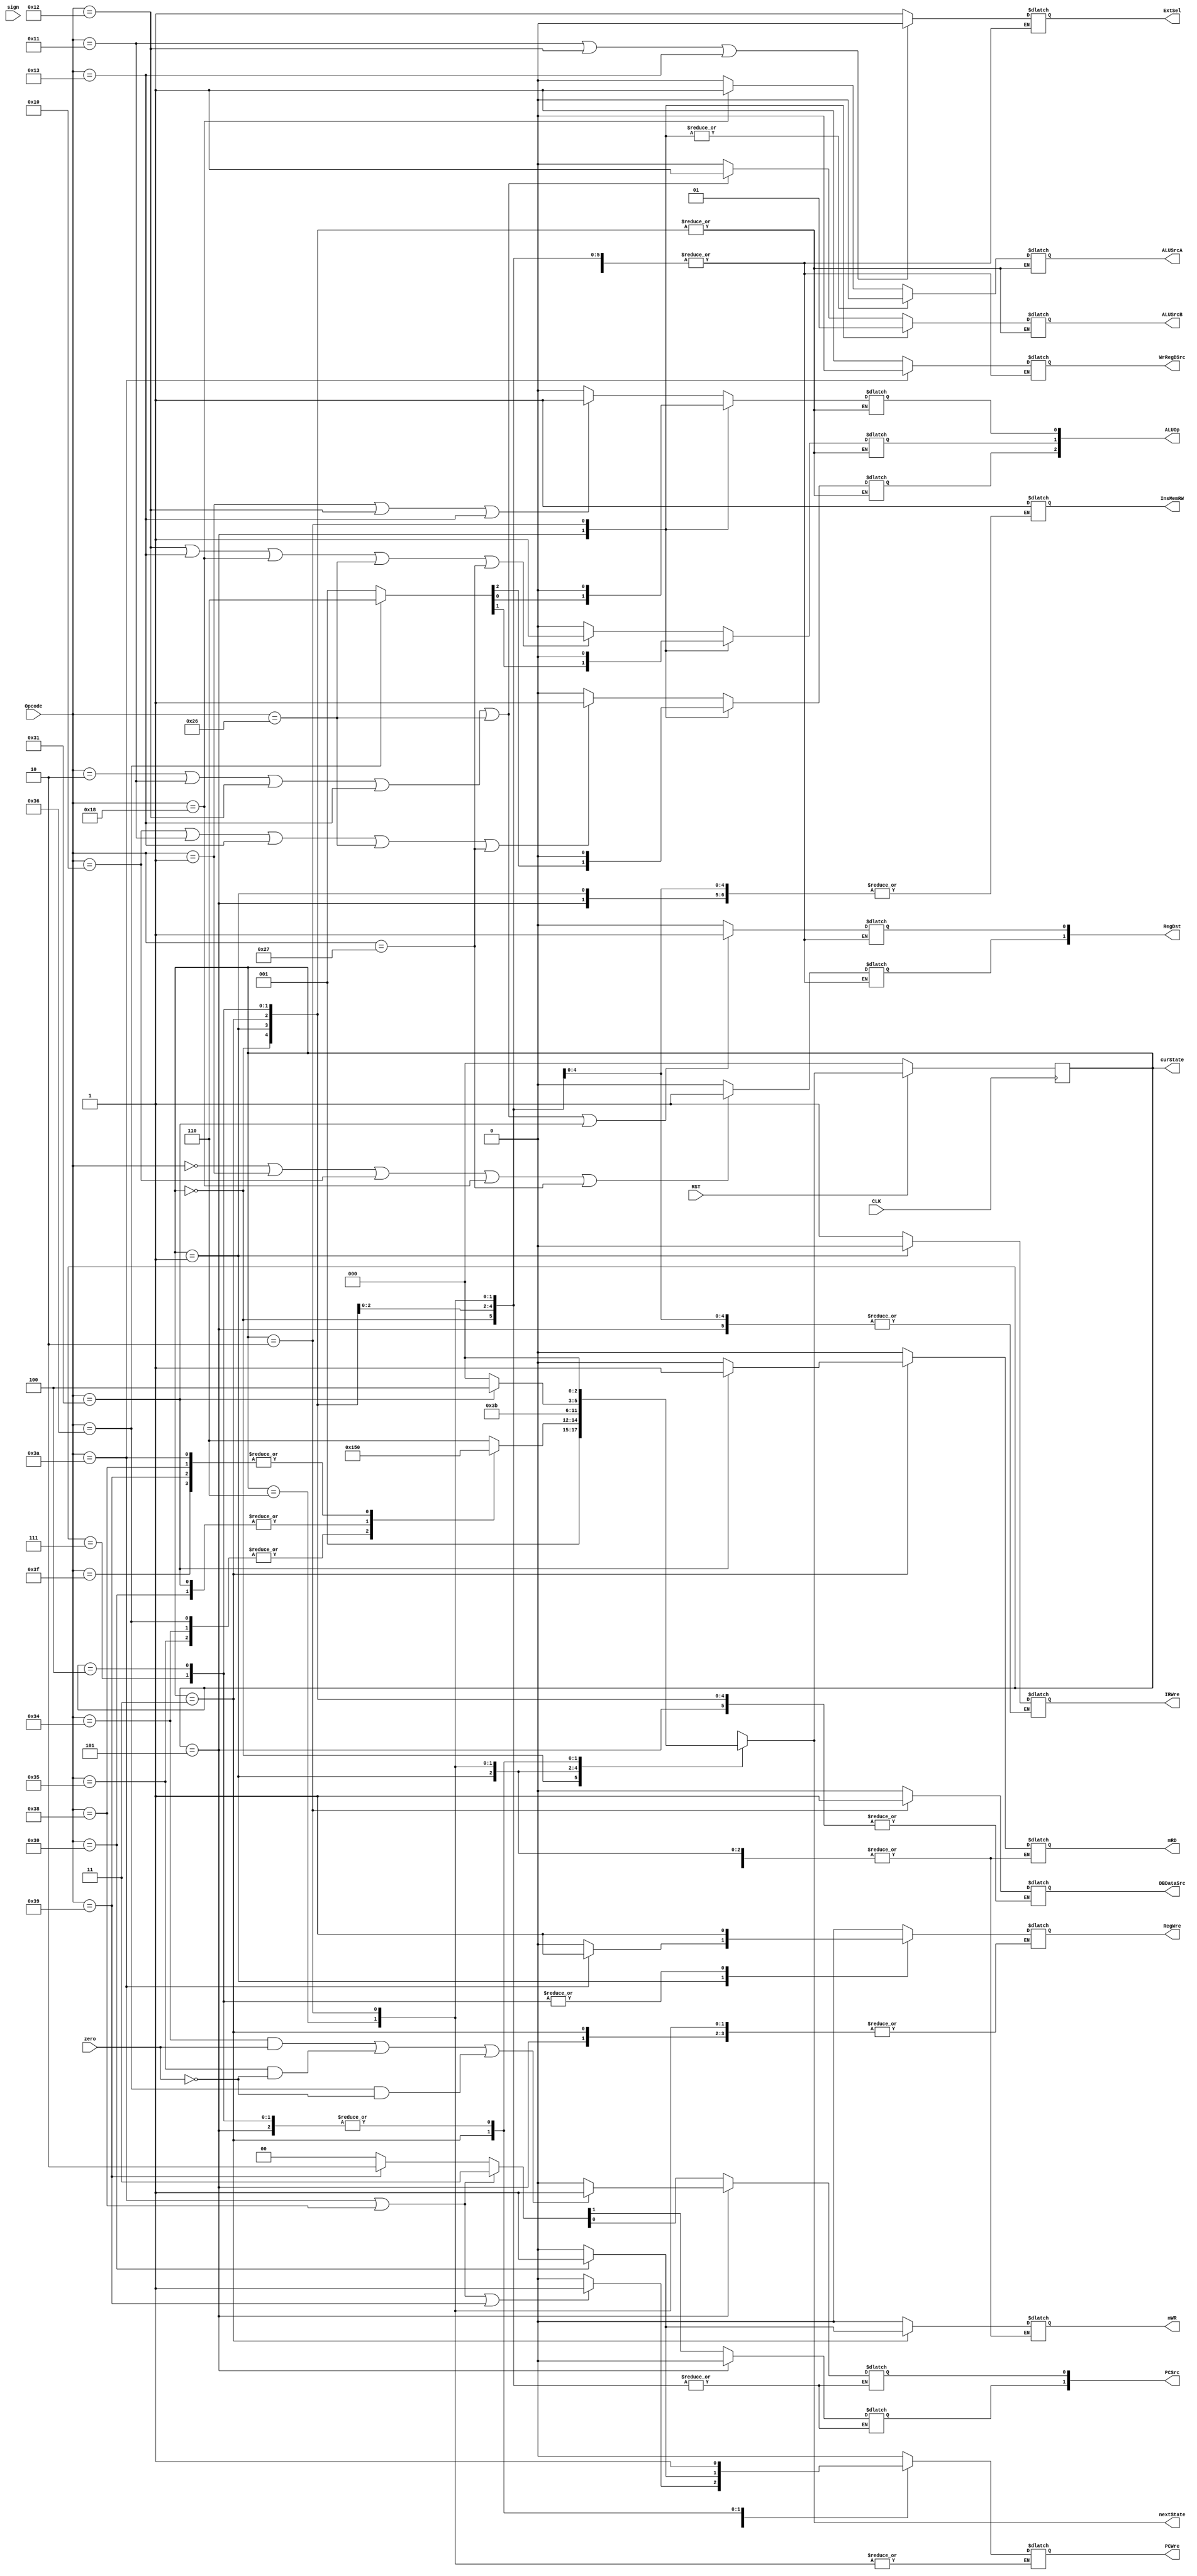
`timescale 1ns / 1ps

module ControlUnit(
    input CLK,
    input RST,
    input zero,
    input sign,
    input [5:0] Opcode,
    output reg PCWre,
    output reg ALUSrcA,
    output reg ALUSrcB,
    output reg DBDataSrc,
    output reg RegWre,
    output reg WrRegDSrc,
    output reg InsMemRW,
    output reg mRD,
    output reg mWR,
    output reg IRWre,
    output reg [1:0] RegDst,
    output reg ExtSel,
    output reg [1:0] PCSrc,
    output reg [2:0] ALUOp,
    output reg [2:0] curState,
    output reg [2:0] nextState
    );
    
    parameter [2:0]
    IF=3'b000,
    ID=3'b001,
    EXE1=3'b110,
    EXE2=3'b101,
    EXE3=3'b010,
    MEM=3'b011,
    WB1=3'b111,
    WB2=3'b100;
    
    parameter [5:0]
    add=6'b000000,
    sub=6'b000001,
    addiu=6'b000010,
    _and=6'b010000,
    andi=6'b010001,
    ori=6'b010010,
    xori=6'b010011,
    sll=6'b011000,
    slti=6'b100110,
    slt=6'b100111,
    sw=6'b110000,
    lw=6'b110001,
    beq=6'b110100,
    bne=6'b110101,
    bltz=6'b110110,
    j=6'b111000,
    jr=6'b111001,
    jal=6'b111010,
    halt=6'b111111;
      
    initial begin
        nextState<=ID;
        //IRWre=1;
    end
    always @(posedge CLK) begin//
        if (RST==1'b0) curState<=IF;
        else curState=nextState;
    end
    
    always@(*) begin//
        case (curState)
            IF:nextState<=ID;
            ID:begin
                case(Opcode)
                    beq,bne,bltz:nextState<=EXE2;
                    sw,lw:nextState<=EXE3;
                    j,jal,jr,halt:nextState<=IF;
                    default:nextState<=EXE1;
                endcase
            end
            EXE1:nextState<=WB1;
            EXE2:nextState<=IF;
            EXE3:nextState<=MEM;
            MEM:nextState<=(Opcode==lw)?WB2:IF;
            WB1:nextState<=IF;
            WB2:nextState<=IF;
        endcase
    end

    always@(*) begin//
        case(curState)
            IF:begin
                //PCWre=(Opcode==halt)?0:1;
                PCWre=0;
                IRWre=1;
                InsMemRW=1;
                mRD=0;
                mWR=0;
                RegWre=0;
            end
            ID:begin
                //PCWre=0;
                PCWre=(Opcode==jal || Opcode==j || Opcode==jr)?1:0;
                IRWre=0;
                WrRegDSrc=(Opcode==jal)?0:1;
                ExtSel=(Opcode == andi || Opcode == ori || Opcode == xori)?0:1;
                RegWre=(Opcode==jal)?1:0;
                RegDst[0]=(Opcode == addiu || Opcode == andi || Opcode == ori || Opcode == xori || Opcode == slti || Opcode == lw)?1:0;
                RegDst[1]=(Opcode == add || Opcode == sub || Opcode == _and || Opcode == sll || Opcode == slt)?1:0;
                if (Opcode==j || Opcode==jal) PCSrc=2'b11;
                else if (Opcode==jr) PCSrc=2'b10;
                else PCSrc=2'b00;
            end
            EXE1:begin //add sub
                //IRWre=0;
                ALUSrcA=(Opcode==sll)?1:0;
                ALUSrcB=(Opcode == addiu || Opcode == andi || Opcode == ori || Opcode == xori || Opcode == slti)?1:0;
                ALUOp[0]=(Opcode == sub || Opcode == ori || Opcode == xori)?1:0;
                ALUOp[1]=(Opcode == ori || Opcode == xori || Opcode == sll || Opcode == slti || Opcode == slt)?1:0;
                ALUOp[2]=(Opcode == _and || Opcode == andi || Opcode == xori || Opcode == slti || Opcode == slt)?1:0;
                DBDataSrc=0;
            end
            EXE2:begin//beq bne bltz
                PCWre=1;//
                //IRWre=0;
                ALUSrcA=0;
                ALUSrcB=0;
                ALUOp=(Opcode==bltz)?3'b110:3'b001;
                PCSrc[0]=((Opcode == beq && zero == 1) || (Opcode == bne && zero == 0) || (Opcode == bltz && zero==0))?1:0;
                PCSrc[1]=0;
            end
            EXE3:begin//sw lw
                //IRWre=0;
                ALUSrcA=0;
                ALUSrcB=1;
                ALUOp=3'b000;
                DBDataSrc=1;
            end
            MEM:begin//sw lw
                PCWre=(Opcode==sw)?1:0;
                mRD=(Opcode == lw)?1:0;
                mWR=(Opcode == sw)?1:0;       
            end
            WB1:begin//add sub
                PCWre=1;
                mRD=0;
                mWR=0;
                RegWre=1;
            end
            WB2:begin//lw
                PCWre=1;
                mRD=0;
                mWR=0;
                RegWre=1;
            end
        endcase
    end
endmodule